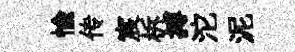
愉传宸柝搏沱泥